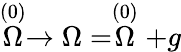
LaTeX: \stackrel{(0)}{\Omega}\rightarrow\Omega=\stackrel{(0)}{\Omega}+g